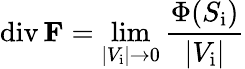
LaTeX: \operatorname{div}\mathbf{F}=\operatorname*{lim}_{|V_{\mathrm{i}}|\rightarrow 0}{\frac{\Phi(S_{\mathrm{i}})}{|V_{\mathrm{i}}|}}